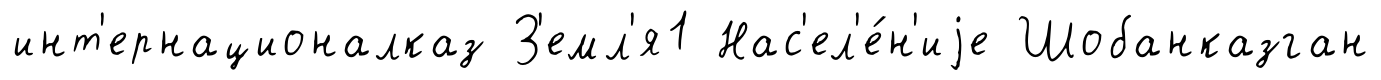
инт'ернационалказ З'емл'я1 Нас'ел'е́н'иjе Шобанказган